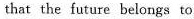
that the future belongs to